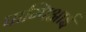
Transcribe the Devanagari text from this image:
पाम्पिआई